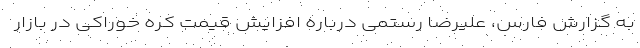
به گزارش فارس، علیرضا رستمی درباره افزایش قیمت کره خوراکی در بازار